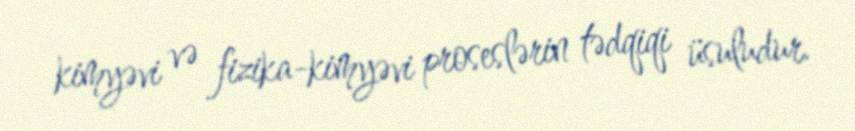
kimyəvi və fizika-kimyəvi proseslərin tədqiqi üsuludur.